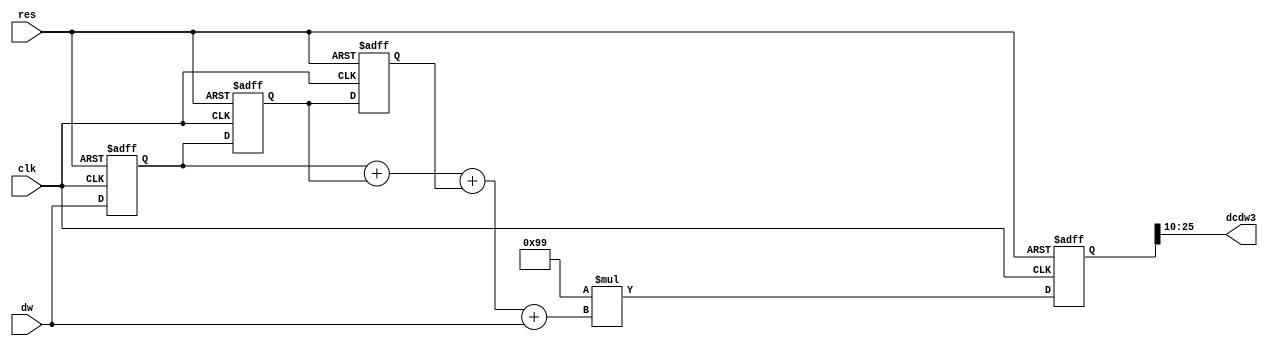
`timescale 1ns / 1ps
//////////////////////////////////////////////////////////////////////////////////
// Company: Kyushu Institute of Technology
// 
// Design Name:    Neural Network (using backpropagation)
// Module Name:    dw_adder 
// Project Name:   LSI Design Contest in Okinawa 2018
// Target Devices: 
// Tool versions: 
//
// Description: 
//			Calculation of delta2 with 2 input and 1 output
// Input : 
//		clk				: 1 bit
//		reset			: 1 bit : high active
//		dw              : 16 bits 00_0000.0000_0000_00 signed : delta weight value
//
// Output:
//		dcdw3            : 16 bits 00_0000.0000_0000_00 signed : new weight parameter
//
// Dependencies: 
//
// Revision: 
// Revision 0.01 - File Created
// Additional Comments: 
//
//////////////////////////////////////////////////////////////////////////////////
module dw_adder(clk,res,dw,dcdw3);
	input 	clk,res;
	input signed [15:0] dw;
	output signed [15:0] dcdw3;
	
	reg [3:0]		q;
	reg signed [15:0]	delta3a2_1,delta3a2_2,delta3a2_3;
	reg signed [15:0]	eta = 16'b1111111110011001;//eta=-0.1
	reg signed [31:0]	tmp_dcdw3;

	always@(posedge clk or posedge res) 
	begin
		if(res == 1'b1)
			q <= 4'h0;
		else if(q == 4'h3)
			q <= 4'h0;
		else
			q <= q + 4'h1;
	end
	
	always@(posedge clk or posedge res)
	begin
		if (res == 1'b1)
			begin
				delta3a2_1 <= 16'd0;
				delta3a2_2 <= 16'd0;
				delta3a2_3 <= 16'd0;
				tmp_dcdw3 <= 16'd0;
			end			
		else 
		  begin
		      delta3a2_3 <= delta3a2_2;
		      delta3a2_2 <= delta3a2_1;
		      delta3a2_1 <= dw;
		      tmp_dcdw3 <= eta * (delta3a2_1 + delta3a2_2 + delta3a2_3 + dw);
	       end					
	end
	
	assign dcdw3 = tmp_dcdw3[25:10];

endmodule